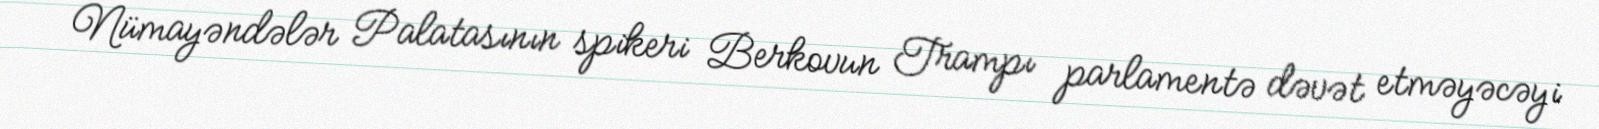
Nümayəndələr Palatasının spikeri Berkovun Trampı parlamentə dəvət etməyəcəyi